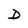
Character: D